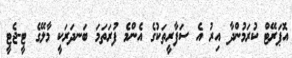
އޮޕަރޭޓް ކުރަމުންދާ އިރު އެ ސަފާރީތަކުގެ އެންމެ ފުރަތަމަ ބަނދަރަކީ މާލޭގެ ޓީ-ޖެޓީ